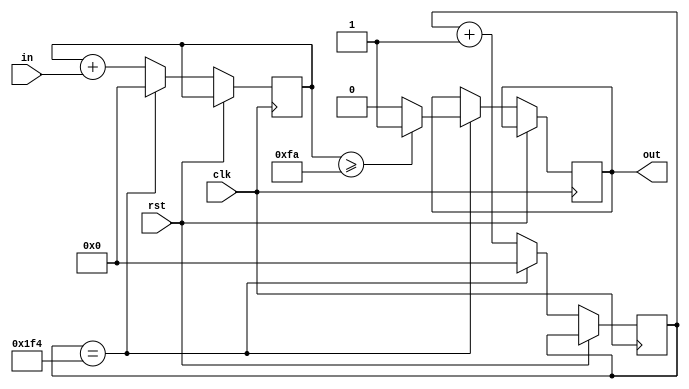
/*
This component takes a binary signal and averages it over
specified number of cycles, then outputs the average value
*/
module debounce #(
  parameter cycles=500 ) (
    input clk,  // clock
    input rst,  // reset
    input in,
    output out
  );
  reg [32:0] delay_q,delay_d;
  reg [32:0] buffer_q, buffer_d;
  reg out_r;
  assign out=out_r;
  /* Combinational Logic */
  always @* begin
    delay_d = delay_q+1;
    buffer_d = buffer_q+in;
  end
  
  /* Sequential Logic */
  always @(posedge clk) begin
    if (rst) begin
      // Add flip-flop reset values here
    end else begin
      // Add flip-flop q <= d statements here
      if(delay_q==cycles) begin
        if(buffer_q>=cycles/2) out_r<=1;
        else out_r<=0;
        delay_q<=0;
        buffer_q<=0;
      end else begin
        delay_q<=delay_d;
        buffer_q<=buffer_d;
      end
    end
  end
  
endmodule